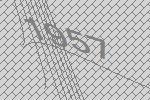
1957